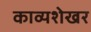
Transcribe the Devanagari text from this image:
काव्यशेखर